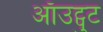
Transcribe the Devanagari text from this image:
ऑउट्पुट